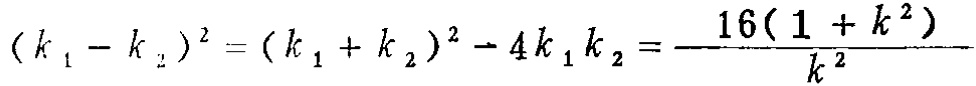
\((k_{1}-k_{2})^{2}=(k_{1}+k_{2})^{2}-4k_{1}k_{2}=\frac{16(1 + k^{2})}{k^{2}}\)